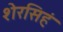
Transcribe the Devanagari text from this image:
शेरसिहं